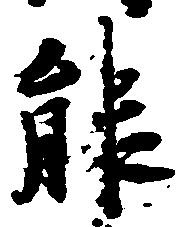
能